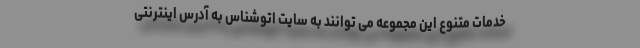
خدمات متنوع این مجموعه می توانند به سایت اتوشناس به آدرس اینترنتی